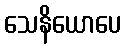
သေနိယောပေ